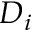
D _ { i }